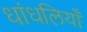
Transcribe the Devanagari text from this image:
धांधलियाँ